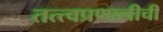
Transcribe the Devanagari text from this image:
तत्त्वप्रणालीची